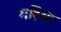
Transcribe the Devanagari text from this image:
मढ़िया